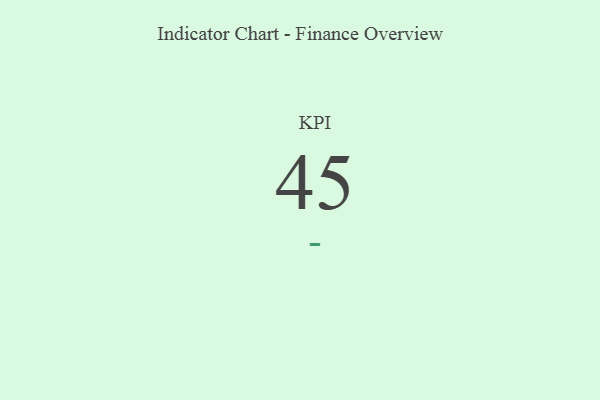
{"axis": {"x": "KPI", "y": "Value"}, "legend": [""], "data": [{"x": "KPI", "y": 45, "type": ""}]}